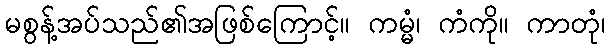
မစွန့်အပ်သည်၏အဖြစ်ကြောင့်။ ကမ္မံ၊ ကံကို။ ကာတုံ၊